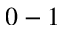
0 - 1